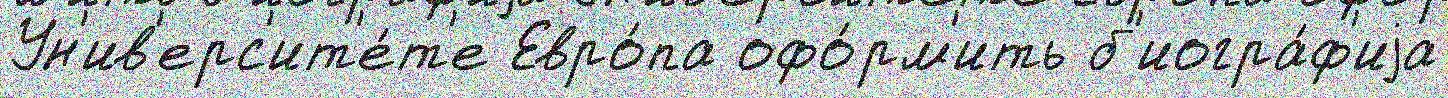
Ун'ив'ерс'ит'е́т'е Евро́па офо́рм'ить б'иогра́ф'иjа